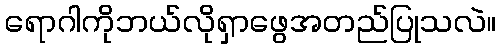
ရောဂါကိုဘယ်လိုရှာဖွေအတည်ပြုသလဲ။